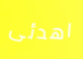
اهدئى